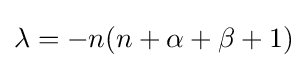
\lambda =-n(n+\alpha +\beta +1)